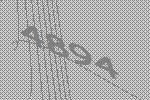
4894